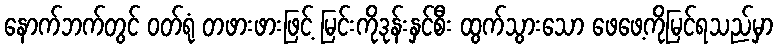
နောက်ဘက်တွင် ဝတ်ရုံ တဖားဖားဖြင့် မြင်းကိုဒုန်းနှင်စီး ထွက်သွားသော ဖေဖေ့ကိုမြင်ရသည်မှာ